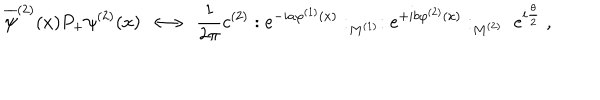
\overline { { { \psi } } } ^ { ( 2 ) } ( x ) P _ { + } \psi ^ { ( 2 ) } ( x ) \; \longleftrightarrow \; \frac { 1 } { 2 \pi } c ^ { ( 2 ) } : e ^ { - i a \varphi ^ { ( 1 ) } ( x ) } : _ { M ^ { ( 1 ) } } : e ^ { + i b \varphi ^ { ( 2 ) } ( x ) } : _ { M ^ { ( 2 ) } } \; e ^ { i \frac { \theta } { 2 } } \; ,